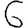
Digit: 6